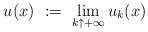
LaTeX: \begin{align*}u(x)\ :=\ \lim_{k\uparrow+\infty}u_k(x)\end{align*}